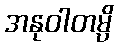
အနုဝါတမ္ပိ